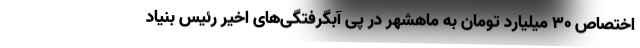
اختصاص ۳۰ میلیارد تومان به ماهشهر در پی آبگرفتگی‌های اخیر رئیس بنیاد